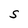
Character: S